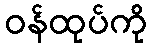
ဝန်ထုပ်ကို